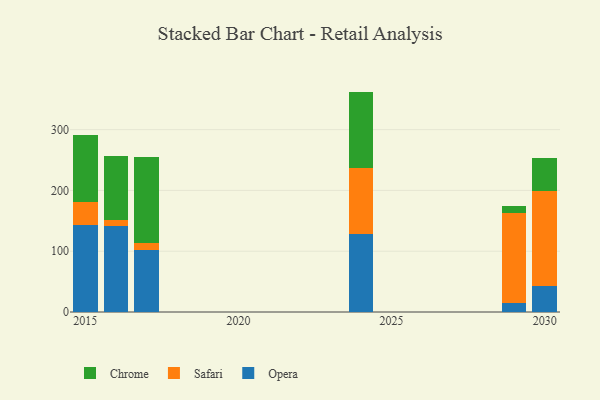
{"axis": {"x": "Year", "y": "Satisfaction Score"}, "legend": ["Chrome", "Opera", "Safari"], "data": [{"x": "2030", "y": 42.8, "type": "Opera"}, {"x": "2030", "y": 155.9, "type": "Safari"}, {"x": "2030", "y": 54.5, "type": "Chrome"}, {"x": "2029", "y": 14.5, "type": "Opera"}, {"x": "2029", "y": 148.8, "type": "Safari"}, {"x": "2029", "y": 11.3, "type": "Chrome"}, {"x": "2015", "y": 142.6, "type": "Opera"}, {"x": "2015", "y": 38.8, "type": "Safari"}, {"x": "2015", "y": 109.0, "type": "Chrome"}, {"x": "2016", "y": 142.3, "type": "Opera"}, {"x": "2016", "y": 8.8, "type": "Safari"}, {"x": "2016", "y": 105.2, "type": "Chrome"}, {"x": "2024", "y": 129.0, "type": "Opera"}, {"x": "2024", "y": 108.5, "type": "Safari"}, {"x": "2024", "y": 125.1, "type": "Chrome"}, {"x": "2017", "y": 102.5, "type": "Opera"}, {"x": "2017", "y": 10.5, "type": "Safari"}, {"x": "2017", "y": 141.9, "type": "Chrome"}]}